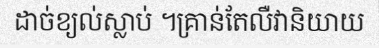
ដាច់ខ្យល់ស្លាប់ ។គ្រាន់តែលឺវានិយាយ